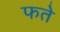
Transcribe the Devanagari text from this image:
फते